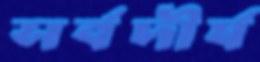
সর্বদীর্ঘ